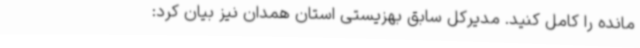
مانده را کامل کنید. مدیرکل سابق بهزیستی استان همدان نیز بیان کرد: